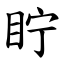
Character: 眝